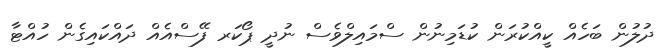
ދުލުން ބަހެއް ކީއްކުރަން ކުޑަމިނުން ސްމައިލްވެސް ނުދީ ޕޯކަރ ފޭސްއެއް ދައްކައިގެން ހުއްޓާ